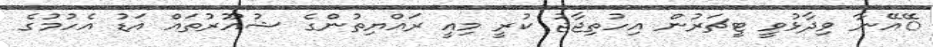
ޭއޭނާ ވިދާޅުވީ ޓީޗަރުން އިހުތިޖާޖު ކުރީ މިއީ ރައްޔިތުންގެ ޝުއޫރުތައް އަޑު އެހުމުގެ